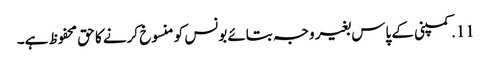
11. کمپنی کے پاس بغیر وجہ بتائے بونس کو منسوخ کرنے کا حق محفوظ ہے۔